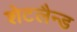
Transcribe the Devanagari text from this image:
शेटलैन्ड